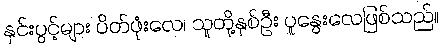
နှင်းပွင့်များ ပိတ်ဖုံးလေ၊ သူတို့နှစ်ဦး ပူနွေးလေဖြစ်သည်။